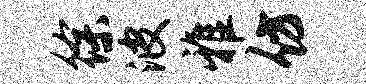
徐波雅仿